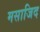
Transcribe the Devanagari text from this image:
मसाजिद